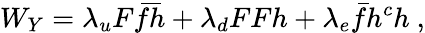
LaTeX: W_{Y}=\lambda_{u}F\bar{f}\bar{h}+\lambda_{d}FFh+\lambda_{e}\bar{f}h^{c}h\ ,